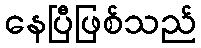
နေပြီဖြစ်သည်